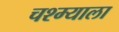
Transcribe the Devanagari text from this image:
चश्म्याला